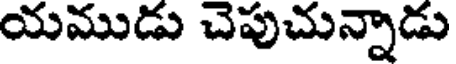
యముడు చెపుచున్నాడు